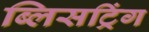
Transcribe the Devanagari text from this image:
ब्लिसट्रिंग